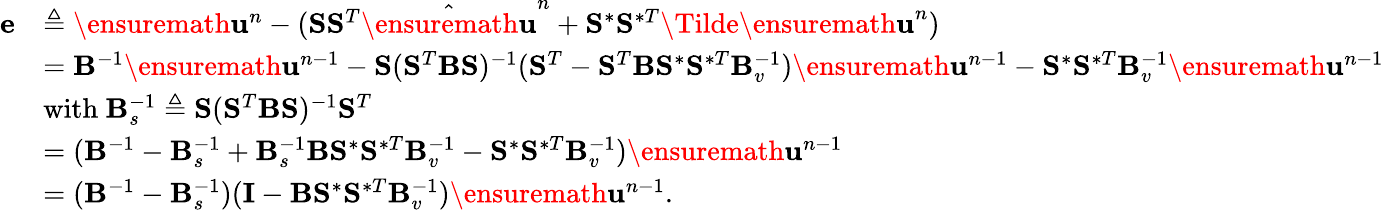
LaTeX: \begin{array}{rl}{\mathbf{e}}&{\triangleq\ensuremath{\mathbf{u}}^{n}-(\mathbf{S}\mathbf{S}^{T}\hat{\ensuremath{\mathbf{u}}}^{n}+\mathbf{S}^{\ast}\mathbf{S}^{\ast T}\Tilde{\ensuremath{\mathbf{u}}}^{n})}\\ &{=\mathbf{B}^{-1}\ensuremath{\mathbf{u}}^{n-1}-\mathbf{S}(\mathbf{S}^{T}\mathbf{B}\mathbf{S})^{-1}(\mathbf{S}^{T}-\mathbf{S}^{T}\mathbf{B}\mathbf{S}^{\ast}\mathbf{S}^{\ast T}\mathbf{B}_{v}^{-1})\ensuremath{\mathbf{u}}^{n-1}-\mathbf{S}^{\ast}\mathbf{S}^{\ast T}\mathbf{B}_{v}^{-1}\ensuremath{\mathbf{u}}^{n-1}}\\ &{\mathrm{with}\ \mathbf{B}_{s}^{-1}\triangleq\mathbf{S}(\mathbf{S}^{T}\mathbf{B}\mathbf{S})^{-1}\mathbf{S}^{T}}\\ &{=(\mathbf{B}^{-1}-\mathbf{B}_{s}^{-1}+\mathbf{B}_{s}^{-1}\mathbf{B}\mathbf{S}^{\ast}\mathbf{S}^{\ast T}\mathbf{B}_{v}^{-1}-\mathbf{S}^{\ast}\mathbf{S}^{\ast T}\mathbf{B}_{v}^{-1})\ensuremath{\mathbf{u}}^{n-1}}\\ &{=(\mathbf{B}^{-1}-\mathbf{B}_{s}^{-1})(\mathbf{I}-\mathbf{B}\mathbf{S}^{\ast}\mathbf{S}^{\ast T}\mathbf{B}_{v}^{-1})\ensuremath{\mathbf{u}}^{n-1}.}\end{array}